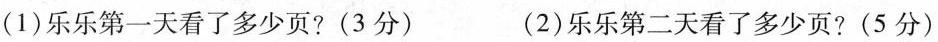
(1)乐乐第一天看了多少页?(3分) (2)乐乐第二天看了多少页?(5分)